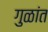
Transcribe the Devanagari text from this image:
गुळांत